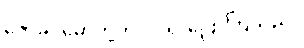
ဇော်ခင်မော်တို့က ဝင်၍ ပြောကြသည်။